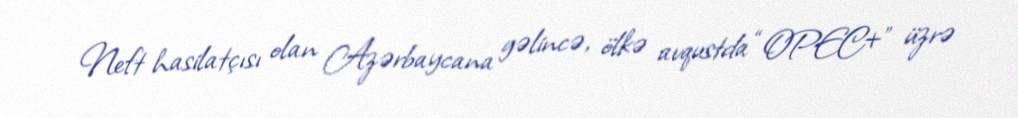
Neft hasilatçısı olan Azərbaycana gəlincə, ölkə avqustda “OPEC+” üzrə